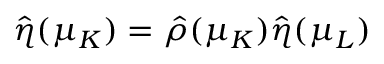
\hat { \eta } ( \mu _ { K } ) = \hat { \rho } ( \mu _ { K } ) \hat { \eta } ( \mu _ { L } )